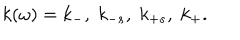
k ( \omega ) = k _ { - } , \; k _ { - s } , \; k _ { + s } , \; k _ { + } .